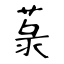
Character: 菉